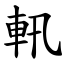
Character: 軐